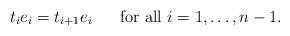
LaTeX: \begin{align*}t_{i}e_i=t_{i+1}e_i\ \,\,\,\,\,\,\mbox{ for all $ i =1,\dots,n-1$.}\end{align*}